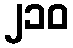
၂၁၀